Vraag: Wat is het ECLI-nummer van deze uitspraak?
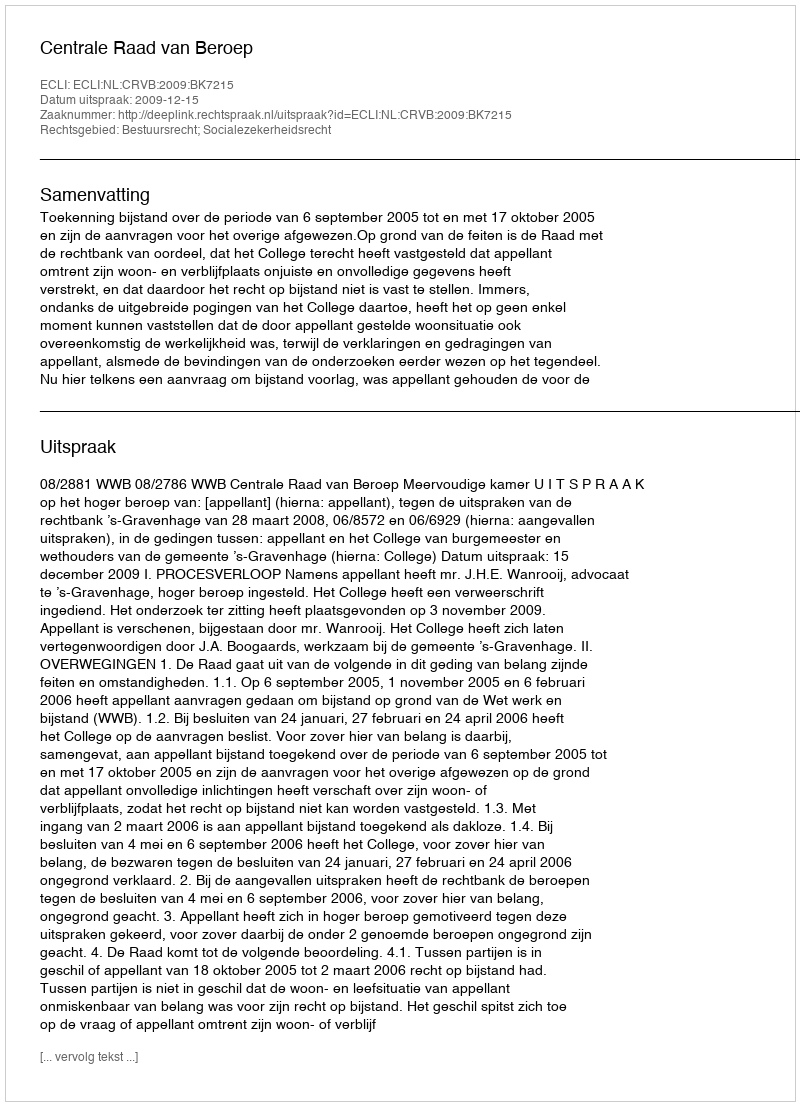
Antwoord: ECLI:NL:CRVB:2009:BK7215